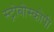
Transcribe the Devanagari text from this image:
स्ट्रोबोस्कोपी